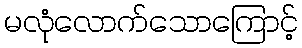
မလုံလောက်သောကြောင့်